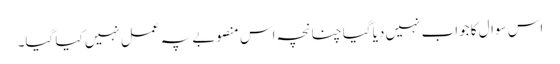
اس سوال کا جواب نہیں دیا گیا چنانچہ اس منصوبے پہ عمل نہیں کیا گیا۔